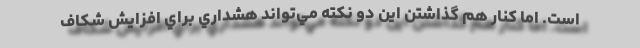
است. اما كنار هم گذاشتن اين دو نكته مي‌تواند هشداري براي افزايش شكاف